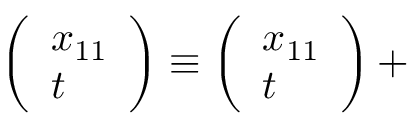
\left( \begin{array} { l } { { x _ { 1 1 } } } \\ { { t } } \end{array} \right) \equiv \left( \begin{array} { l } { { x _ { 1 1 } } } \\ { { t } } \end{array} \right) +